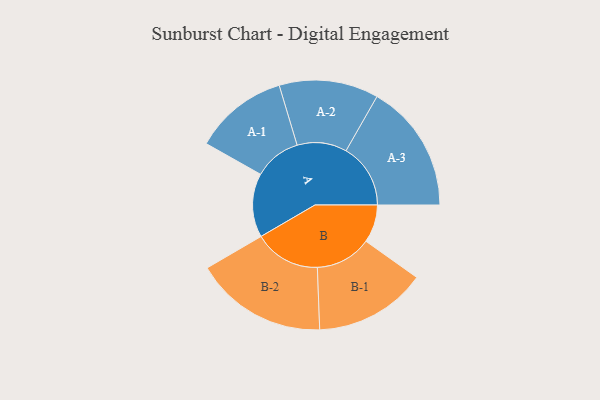
{"axis": {"x": "Segment", "y": "Value"}, "legend": ["", "A", "B"], "data": [{"x": "A", "y": 288, "type": ""}, {"x": "B", "y": 171, "type": ""}, {"x": "A-1", "y": 212, "type": "A"}, {"x": "A-2", "y": 224, "type": "A"}, {"x": "A-3", "y": 291, "type": "A"}, {"x": "B-1", "y": 253, "type": "B"}, {"x": "B-2", "y": 299, "type": "B"}]}